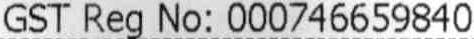
GST REG NO: 000746659840